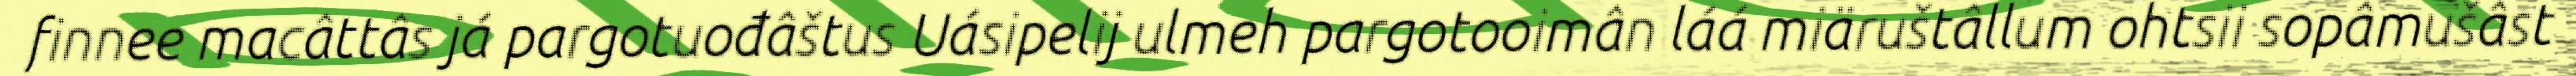
finnee macâttâs já pargotuođâštus Uásipelij ulmeh pargotooimân láá miäruštâllum ohtsii sopâmušâst